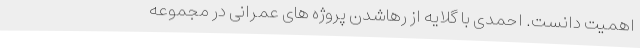
اهمیت دانست. احمدی با گلایه از رهاشدن پروژه های عمرانی در مجموعه